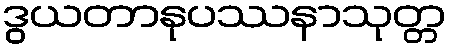
ဒွယတာနုပဿနာသုတ္တ